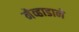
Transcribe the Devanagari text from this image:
नेव्हाडाने